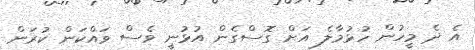
އެ ދެ މީހުން ހުޅުމާލެ އަށް ގޮސްގެން އުޅުނީ ވެސް ވައްކަން ކުރަން